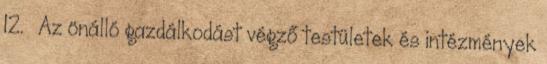
12. § Az önálló gazdálkodást végző testületek és intézmények